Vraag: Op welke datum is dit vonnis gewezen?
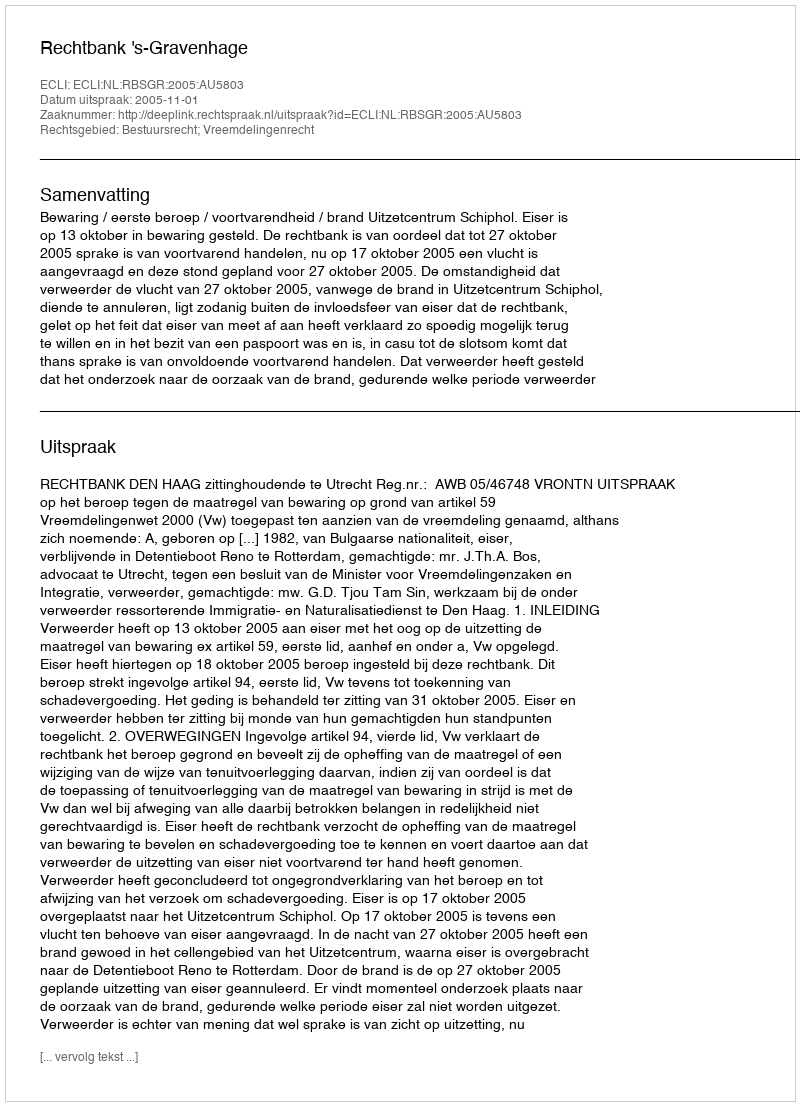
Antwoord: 2005-11-01